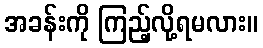
အခန်းကို ကြည့်လို့ရမလား။